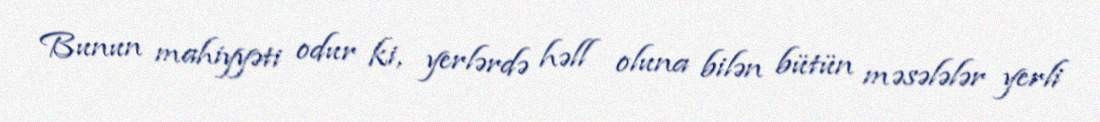
Bunun mahiyyəti odur ki, yerlərdə həll oluna bilən bütün məsələlər yerli